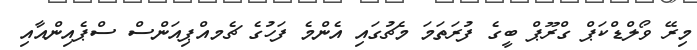
މިރޭ ވޯލްޑްކަޕް ގްރޫޕް ބީގެ ފުރަތަމަ މެޗުގައި އެންމެ ފަހުގެ ޗެމއްޕިއަންސް ސްޕެއިންއާއި